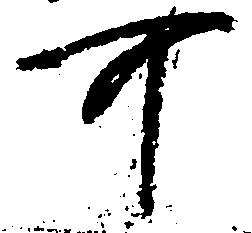
可